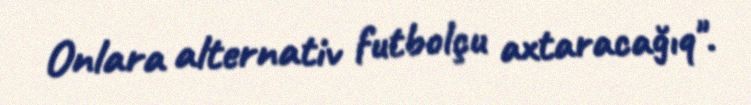
Onlara alternativ futbolçu axtaracağıq".